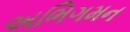
અભિગમન